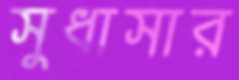
সুধাসার